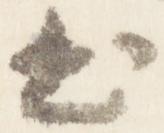
出